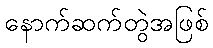
နောက်ဆက်တွဲအဖြစ်